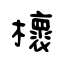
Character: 櫰